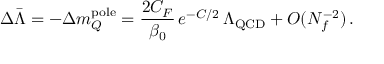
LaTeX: \Delta \bar { \Lambda } = - \Delta m _ { Q } ^ { \mathrm { p o l e } } = { \frac { 2 C _ { F } } { \beta _ { 0 } } } \, e ^ { - C / 2 } \, \Lambda _ { \mathrm { Q C D } } + O ( N _ { f } ^ { - 2 } ) \, .